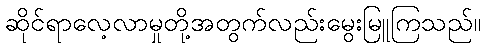
ဆိုင်ရာလေ့လာမှုတို့အတွက်လည်းမွေးမြူကြသည်။